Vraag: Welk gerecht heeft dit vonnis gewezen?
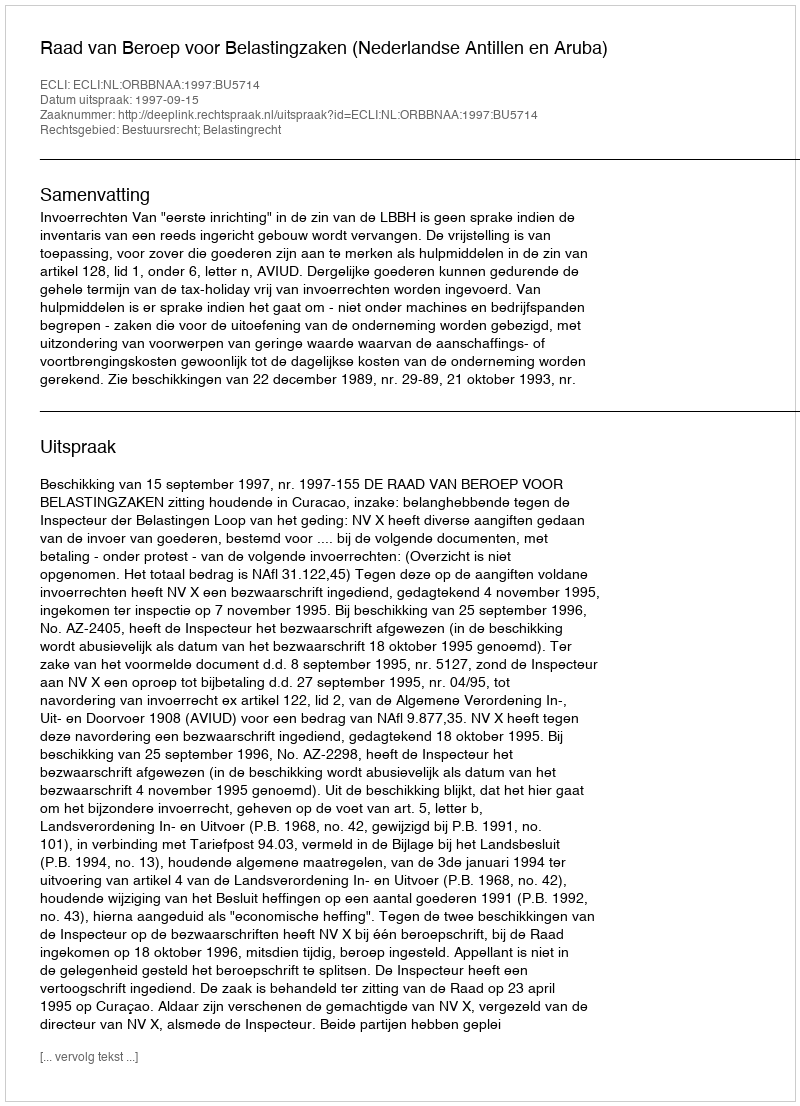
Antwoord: Raad van Beroep voor Belastingzaken (Nederlandse Antillen en Aruba)